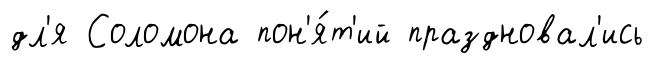
дл'я Соломона пон'я́т'ий праздновал'ись